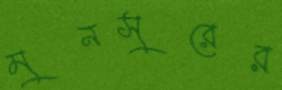
মুনসুরের